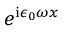
e ^ { \mathrm { i } \epsilon _ { 0 } \omega x }